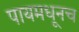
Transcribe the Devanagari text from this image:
पायमधूनच